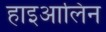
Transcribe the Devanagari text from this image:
हाइआलिन